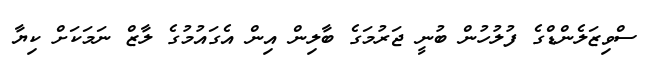
ސްވިޒަލެންޑްގެ ފުލުހުން ބުނީ ޖަރުމަގެ ބާލިން އިން އެގައުމުގެ ލާޒް ނަމަކަށް ކިޔާ